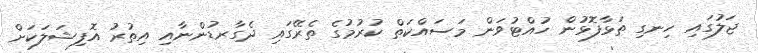
ޖަލުގައި ހިނގި ތަޅާފޮޅުން ހުއްޓުވަން މަސައްކަތް ކުރުމުގެ ތެރޭގައި ދެގާރޑުންނާއި އިތުރު އޮފިޝަލަކަށް